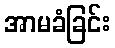
အာမခံခြင်း